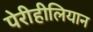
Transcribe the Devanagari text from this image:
पेरीहीलियान